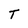
Character: T